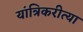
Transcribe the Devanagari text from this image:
यांत्रिकरीत्या